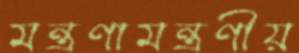
মন্ত্রণামন্ত্রণীয়